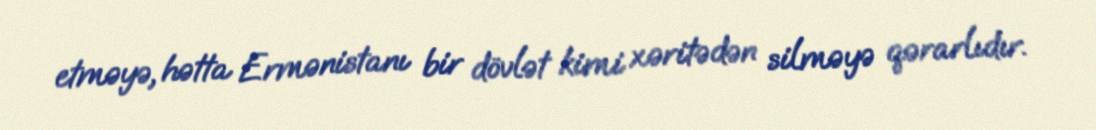
etməyə, hətta Ermənistanı bir dövlət kimi xəritədən silməyə qərarlıdır.